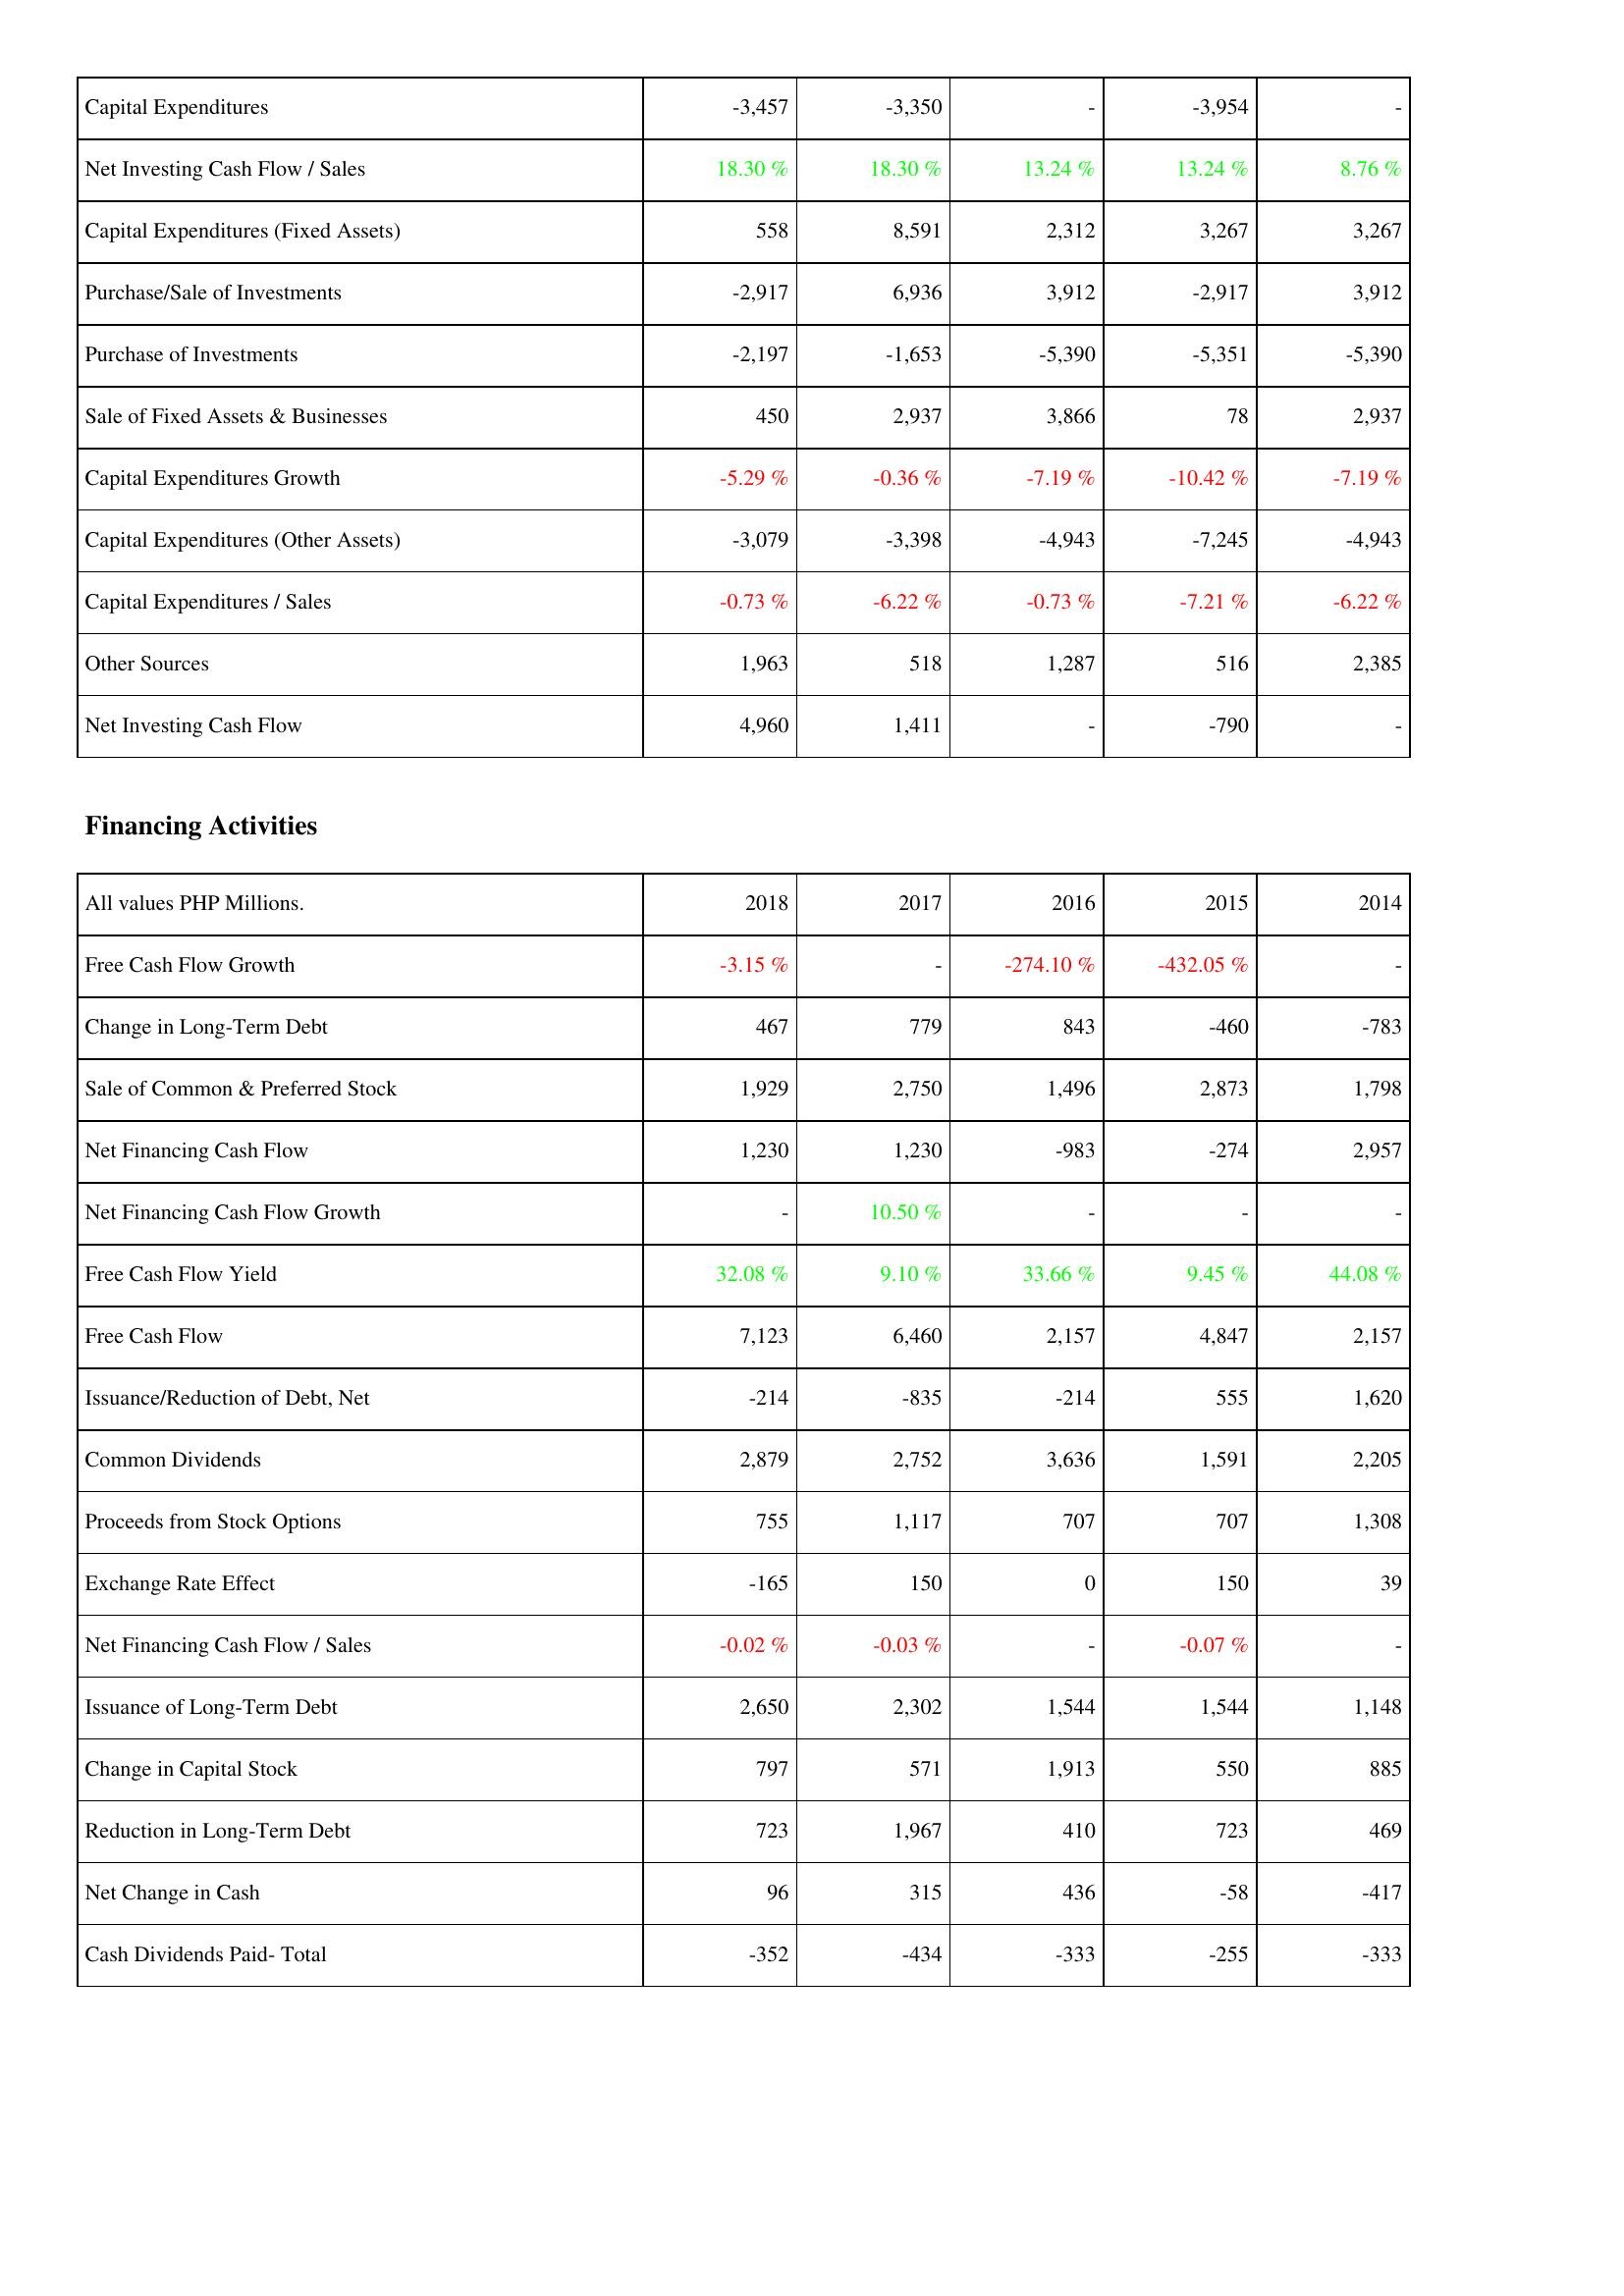
2018: Investing Activities: Capital Expenditures: -3,457
Net Investing Cash Flow / Sales: 18.30 %
Capital Expenditures (Fixed Assets): 558
Purchase/Sale of Investments: -2,917
Purchase of Investments: -2,197
Sale of Fixed Assets & Businesses: 450
Capital Expenditures Growth: -5.29 %
Capital Expenditures (Other Assets): -3,079
Capital Expenditures / Sales: -0.73 %
Other Sources: 1,963
Net Investing Cash Flow: 4,960
Financing Activities: Free Cash Flow Growth: -3.15 %
Change in Long-Term Debt: 467
Sale of Common & Preferred Stock: 1,929
Net Financing Cash Flow: 1,230
Net Financing Cash Flow Growth: -
Free Cash Flow Yield: 32.08 %
Free Cash Flow: 7,123
Issuance/Reduction of Debt, Net: -214
Common Dividends: 2,879
Proceeds from Stock Options: 755
Exchange Rate Effect: -165
Net Financing Cash Flow / Sales: -0.02 %
Issuance of Long-Term Debt: 2,650
Change in Capital Stock: 797
Reduction in Long-Term Debt: 723
Net Change in Cash: 96
Cash Dividends Paid- Total: -352
2017: Investing Activities: Capital Expenditures: -3,350
Net Investing Cash Flow / Sales: 18.30 %
Capital Expenditures (Fixed Assets): 8,591
Purchase/Sale of Investments: 6,936
Purchase of Investments: -1,653
Sale of Fixed Assets & Businesses: 2,937
Capital Expenditures Growth: -0.36 %
Capital Expenditures (Other Assets): -3,398
Capital Expenditures / Sales: -6.22 %
Other Sources: 518
Net Investing Cash Flow: 1,411
Financing Activities: Free Cash Flow Growth: -
Change in Long-Term Debt: 779
Sale of Common & Preferred Stock: 2,750
Net Financing Cash Flow: 1,230
Net Financing Cash Flow Growth: 10.50 %
Free Cash Flow Yield: 9.10 %
Free Cash Flow: 6,460
Issuance/Reduction of Debt, Net: -835
Common Dividends: 2,752
Proceeds from Stock Options: 1,117
Exchange Rate Effect: 150
Net Financing Cash Flow / Sales: -0.03 %
Issuance of Long-Term Debt: 2,302
Change in Capital Stock: 571
Reduction in Long-Term Debt: 1,967
Net Change in Cash: 315
Cash Dividends Paid- Total: -434
2016: Investing Activities: Capital Expenditures: -
Net Investing Cash Flow / Sales: 13.24 %
Capital Expenditures (Fixed Assets): 2,312
Purchase/Sale of Investments: 3,912
Purchase of Investments: -5,390
Sale of Fixed Assets & Businesses: 3,866
Capital Expenditures Growth: -7.19 %
Capital Expenditures (Other Assets): -4,943
Capital Expenditures / Sales: -0.73 %
Other Sources: 1,287
Net Investing Cash Flow: -
Financing Activities: Free Cash Flow Growth: -274.10 %
Change in Long-Term Debt: 843
Sale of Common & Preferred Stock: 1,496
Net Financing Cash Flow: -983
Net Financing Cash Flow Growth: -
Free Cash Flow Yield: 33.66 %
Free Cash Flow: 2,157
Issuance/Reduction of Debt, Net: -214
Common Dividends: 3,636
Proceeds from Stock Options: 707
Exchange Rate Effect: 0
Net Financing Cash Flow / Sales: -
Issuance of Long-Term Debt: 1,544
Change in Capital Stock: 1,913
Reduction in Long-Term Debt: 410
Net Change in Cash: 436
Cash Dividends Paid- Total: -333
2015: Investing Activities: Capital Expenditures: -3,954
Net Investing Cash Flow / Sales: 13.24 %
Capital Expenditures (Fixed Assets): 3,267
Purchase/Sale of Investments: -2,917
Purchase of Investments: -5,351
Sale of Fixed Assets & Businesses: 78
Capital Expenditures Growth: -10.42 %
Capital Expenditures (Other Assets): -7,245
Capital Expenditures / Sales: -7.21 %
Other Sources: 516
Net Investing Cash Flow: -790
Financing Activities: Free Cash Flow Growth: -432.05 %
Change in Long-Term Debt: -460
Sale of Common & Preferred Stock: 2,873
Net Financing Cash Flow: -274
Net Financing Cash Flow Growth: -
Free Cash Flow Yield: 9.45 %
Free Cash Flow: 4,847
Issuance/Reduction of Debt, Net: 555
Common Dividends: 1,591
Proceeds from Stock Options: 707
Exchange Rate Effect: 150
Net Financing Cash Flow / Sales: -0.07 %
Issuance of Long-Term Debt: 1,544
Change in Capital Stock: 550
Reduction in Long-Term Debt: 723
Net Change in Cash: -58
Cash Dividends Paid- Total: -255
2014: Investing Activities: Capital Expenditures: -
Net Investing Cash Flow / Sales: 8.76 %
Capital Expenditures (Fixed Assets): 3,267
Purchase/Sale of Investments: 3,912
Purchase of Investments: -5,390
Sale of Fixed Assets & Businesses: 2,937
Capital Expenditures Growth: -7.19 %
Capital Expenditures (Other Assets): -4,943
Capital Expenditures / Sales: -6.22 %
Other Sources: 2,385
Net Investing Cash Flow: -
Financing Activities: Free Cash Flow Growth: -
Change in Long-Term Debt: -783
Sale of Common & Preferred Stock: 1,798
Net Financing Cash Flow: 2,957
Net Financing Cash Flow Growth: -
Free Cash Flow Yield: 44.08 %
Free Cash Flow: 2,157
Issuance/Reduction of Debt, Net: 1,620
Common Dividends: 2,205
Proceeds from Stock Options: 1,308
Exchange Rate Effect: 39
Net Financing Cash Flow / Sales: -
Issuance of Long-Term Debt: 1,148
Change in Capital Stock: 885
Reduction in Long-Term Debt: 469
Net Change in Cash: -417
Cash Dividends Paid- Total: -333